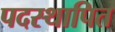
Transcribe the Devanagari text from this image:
पदस्‍थापित